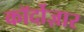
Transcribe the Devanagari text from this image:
कॉर्दोज़ार